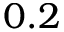
0 . 2